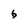
Character: 6